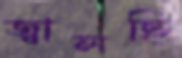
জ্বালছি